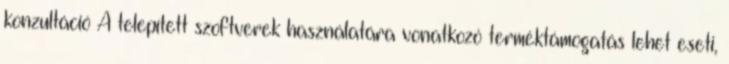
konzultáció A telepített szoftverek használatára vonatkozó terméktámogatás lehet eseti,